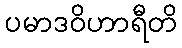
ပမာဒဝိဟာရီတိ